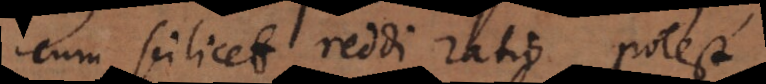
cum scilicet reddi ratio potest